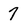
Character: 7